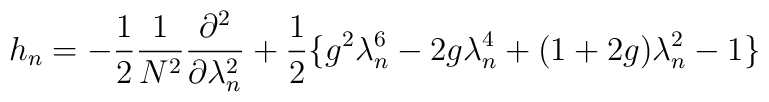
h_{n} = - \frac{1}{2} \frac{1}{N^2} \frac{\partial^2}{\partial\lambda_n^2} +\frac{1}{2} \{ g^2 \lambda_n^6 - 2g\lambda_n^4 + ( 1 + 2g ) \lambda_n^2- 1 \}